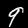
Digit: 9